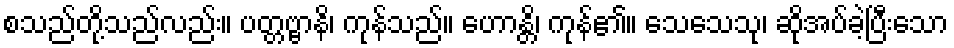
စသည်တို့သည်လည်း။ ပတ္တဗ္ဗာနိ၊ ကုန်သည်။ ဟောန္တိ၊ ကုန်၏။ သေသေသု၊ ဆိုအပ်ခဲ့ပြီးသော